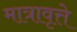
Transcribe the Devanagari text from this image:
मात्रावृत्ते